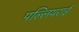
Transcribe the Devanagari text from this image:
पल्लियराई